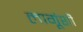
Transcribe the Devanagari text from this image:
लागूंशी